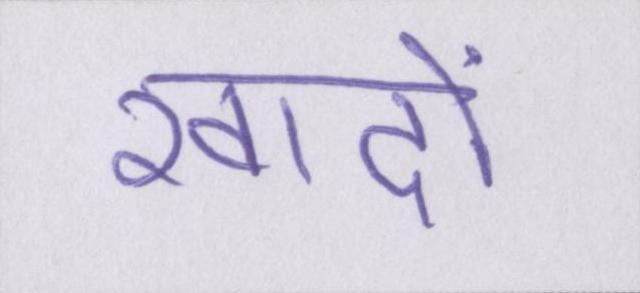
खादों